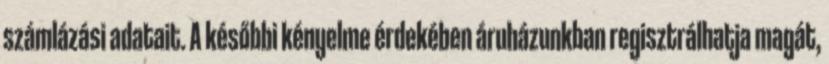
számlázási adatait. A későbbi kényelme érdekében áruházunkban regisztrálhatja magát,